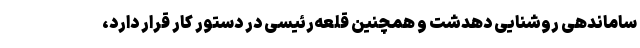
ساماندهی روشنایی دهدشت و همچنین قلعه‌رئیسی در دستور کار قرار دارد،